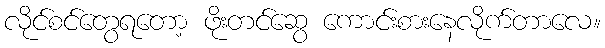
လိုင်စင်တွေရတော့ ဖိုးတင်ဆွေ ကောင်းစားနေလိုက်တာလေ။